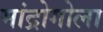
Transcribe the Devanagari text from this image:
मांद्रोगोला